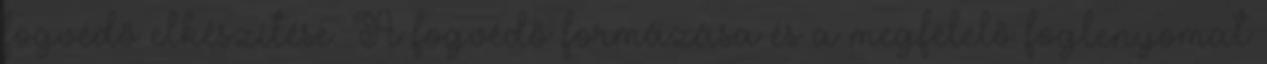
fogvédő elkészítése. A fogvédő formázása és a megfelelő foglenyomat